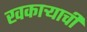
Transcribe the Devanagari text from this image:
खकाऱ्याची